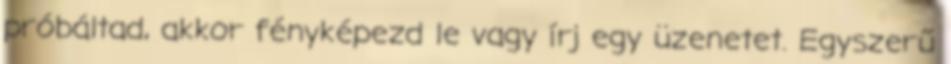
próbáltad, akkor fényképezd le vagy írj egy üzenetet. Egyszerű